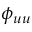
\phi _ { u u }